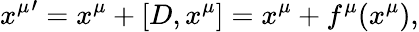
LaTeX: {x^{\mu}}^{\prime}=x^{\mu}+[D,x^{\mu}]=x^{\mu}+f^{\mu}(x^{\mu}),